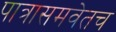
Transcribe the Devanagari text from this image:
पात्रासमवेतच